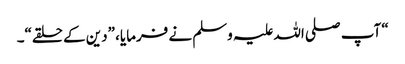
“ آپ صلی اللہ علیہ وسلم نے فرمایا، ”دین کے حلقے“۔